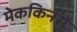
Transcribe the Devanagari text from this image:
मेककिनसे